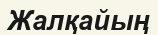
Жалқайың